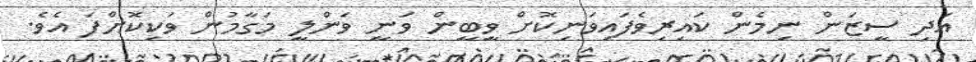
އަދި ސީޒަން ނިމެން ކައިރިވެފައިވަނިކޮށް ވީބީން ވަނީ ވަންލީ މަގާމުން ވަކިކޮށްފަ އެވެ.